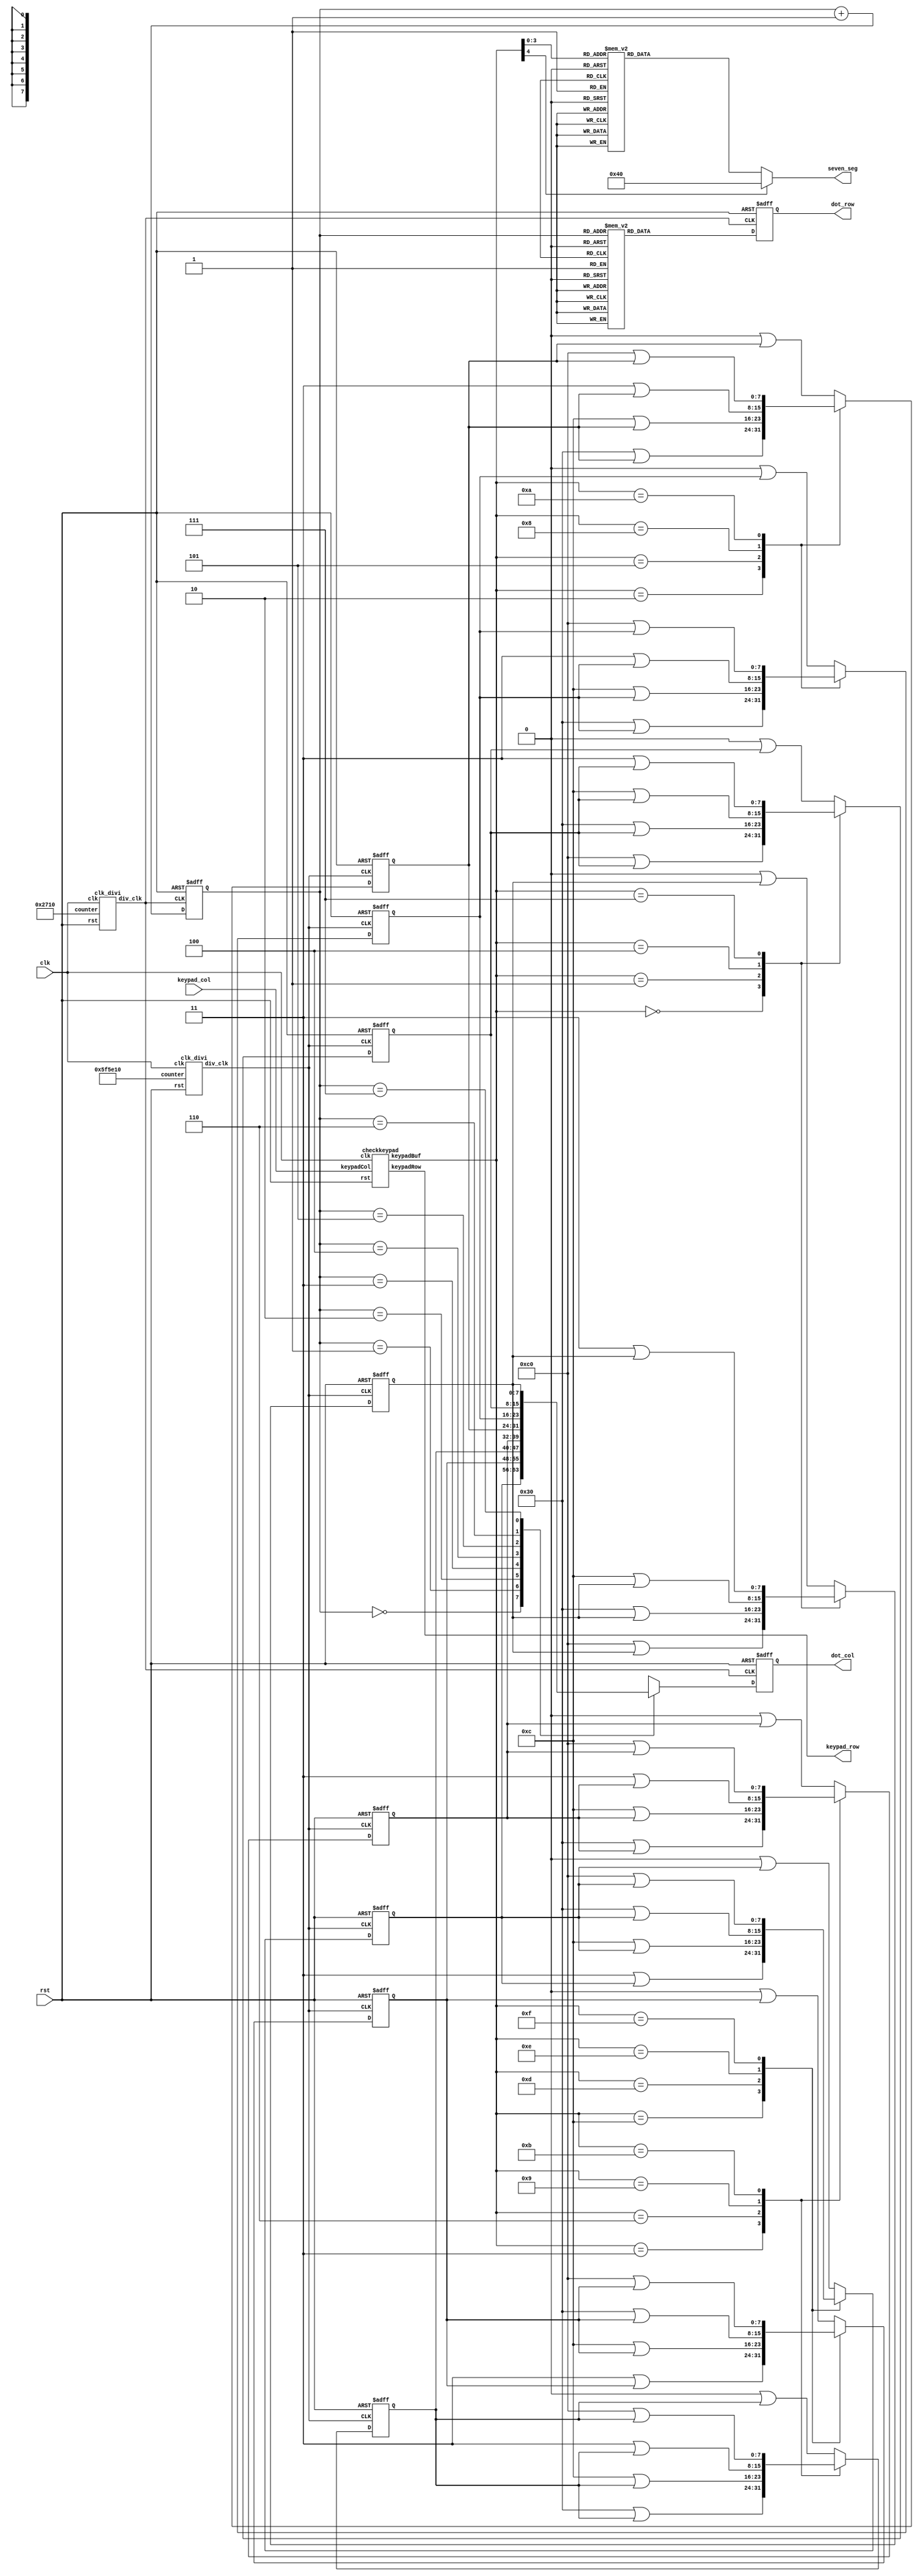
module lab11(clk,rst,keypad_row,keypad_col,dot_row,dot_col,seven_seg);
	input clk,rst;
	output [3:0] keypad_row;
	input [3:0] keypad_col;
	output reg [7:0] dot_row,dot_col;
	output reg [6:0] seven_seg;

	reg [31:0] cnt_div,cnt_dot;
	reg [7:0] dot_col_buf[0:7];
	wire [4:0] keypad_buf;
	reg [2:0] row_count;
	wire clk_div,clk_dot;
	
	
	clk_divi myclk (clk,rst,32'd6250000, clk_div); // for button
	clk_divi myclk2 (clk,rst,32'd10000, clk_dot); // for dot matrix
	
	checkkeypad keypad_detect(clk,rst,keypad_row,keypad_col,keypad_buf);
	
	always@ (posedge clk_dot or negedge rst)
	begin
		if (~rst)
		begin
			dot_row <= 8'd0;
			dot_col <= 8'd0;
			row_count <= 3'd0;
		end
		else
		begin
		    row_count <= row_count + 1;
		    dot_col <= dot_col_buf[row_count];
		    case (row_count)
				3'd0: dot_row <= 8'b01111111;
				3'd1: dot_row <= 8'b10111111;
				3'd2: dot_row <= 8'b11011111;
				3'd3: dot_row <= 8'b11101111;
				3'd4: dot_row <= 8'b11110111;
				3'd5: dot_row <= 8'b11111011;
				3'd6: dot_row <= 8'b11111101;
				3'd7: dot_row <= 8'b11111110;
			endcase
		end
	end
	
	always@(posedge clk_div or negedge rst)
	begin
		if (~rst)
		begin
			dot_col_buf[0] <= 8'd0;
			dot_col_buf[1] <= 8'd0;
			dot_col_buf[2] <= 8'd0;
			dot_col_buf[3] <= 8'd0;
			dot_col_buf[4] <= 8'd0;
			dot_col_buf[5] <= 8'd0;
			dot_col_buf[6] <= 8'd0;
			dot_col_buf[7] <= 8'd0;
		end
		else
		begin
			case (keypad_buf)
			5'h0:
			begin
				dot_col_buf[0] <= 8'b00000000 | dot_col_buf[0];
				dot_col_buf[1] <= 8'b00000000 | dot_col_buf[1];
				dot_col_buf[2] <= 8'b00000000 | dot_col_buf[2];
				dot_col_buf[3] <= 8'b00000000 | dot_col_buf[3];
				dot_col_buf[4] <= 8'b00000000 | dot_col_buf[4];
				dot_col_buf[5] <= 8'b00000000 | dot_col_buf[5];
				dot_col_buf[6] <= 8'b11000000 | dot_col_buf[6];
				dot_col_buf[7] <= 8'b11000000 | dot_col_buf[7];
			end
			5'h1:
			begin
				dot_col_buf[0] <= 8'b00000000 | dot_col_buf[0];
				dot_col_buf[1] <= 8'b00000000	| dot_col_buf[1];
				dot_col_buf[2] <= 8'b00000000	| dot_col_buf[2];
				dot_col_buf[3] <= 8'b00000000	| dot_col_buf[3];
				dot_col_buf[4] <= 8'b00000000	| dot_col_buf[4];
				dot_col_buf[5] <= 8'b00000000	| dot_col_buf[5];
				dot_col_buf[6] <= 8'b00110000	| dot_col_buf[6];
				dot_col_buf[7] <= 8'b00110000	| dot_col_buf[7];
			end
			5'h2:
			begin
				dot_col_buf[0] <= 8'b00000000 | dot_col_buf[0];
				dot_col_buf[1] <= 8'b00000000 | dot_col_buf[1];
				dot_col_buf[2] <= 8'b00000000 | dot_col_buf[2];
				dot_col_buf[3] <= 8'b00000000 | dot_col_buf[3];
				dot_col_buf[4] <= 8'b00110000 | dot_col_buf[4];
				dot_col_buf[5] <= 8'b00110000 | dot_col_buf[5];
				dot_col_buf[6] <= 8'b00000000 | dot_col_buf[6];
				dot_col_buf[7] <= 8'b00000000 | dot_col_buf[7];
			end
			5'h3:
			begin
				dot_col_buf[0] <= 8'b00000000 | dot_col_buf[0];
				dot_col_buf[1] <= 8'b00000000 | dot_col_buf[1];
				dot_col_buf[2] <= 8'b00110000 | dot_col_buf[2];
				dot_col_buf[3] <= 8'b00110000 | dot_col_buf[3];
				dot_col_buf[4] <= 8'b00000000 | dot_col_buf[4];
				dot_col_buf[5] <= 8'b00000000 | dot_col_buf[5];
				dot_col_buf[6] <= 8'b00000000 | dot_col_buf[6];
				dot_col_buf[7] <= 8'b00000000 | dot_col_buf[7];
			end
			5'h4:
			begin
				dot_col_buf[0] <= 8'b00000000 | dot_col_buf[0];
				dot_col_buf[1] <= 8'b00000000 | dot_col_buf[1];
				dot_col_buf[2] <= 8'b00000000 | dot_col_buf[2];
				dot_col_buf[3] <= 8'b00000000 | dot_col_buf[3];
				dot_col_buf[4] <= 8'b00000000 | dot_col_buf[4];
				dot_col_buf[5] <= 8'b00000000 | dot_col_buf[5];
				dot_col_buf[6] <= 8'b00001100 | dot_col_buf[6];
				dot_col_buf[7] <= 8'b00001100 | dot_col_buf[7];
			end
			5'h5:
			begin
				dot_col_buf[0] <= 8'b00000000 | dot_col_buf[0];
				dot_col_buf[1] <= 8'b00000000 | dot_col_buf[1];
				dot_col_buf[2] <= 8'b00000000 | dot_col_buf[2];
				dot_col_buf[3] <= 8'b00000000 | dot_col_buf[3];
				dot_col_buf[4] <= 8'b00001100 | dot_col_buf[4];
				dot_col_buf[5] <= 8'b00001100 | dot_col_buf[5];
				dot_col_buf[6] <= 8'b00000000 | dot_col_buf[6];
				dot_col_buf[7] <= 8'b00000000 | dot_col_buf[7];
			end
			5'h6:
			begin
				dot_col_buf[0] <= 8'b00000000 | dot_col_buf[0];
				dot_col_buf[1] <= 8'b00000000 | dot_col_buf[1];
				dot_col_buf[2] <= 8'b00001100 | dot_col_buf[2];
				dot_col_buf[3] <= 8'b00001100 | dot_col_buf[3];
				dot_col_buf[4] <= 8'b00000000 | dot_col_buf[4];
				dot_col_buf[5] <= 8'b00000000 | dot_col_buf[5];
				dot_col_buf[6] <= 8'b00000000 | dot_col_buf[6];
				dot_col_buf[7] <= 8'b00000000 | dot_col_buf[7];
			end
			5'h7:
			begin
				dot_col_buf[0] <= 8'b00000000 | dot_col_buf[0];
				dot_col_buf[1] <= 8'b00000000 | dot_col_buf[1];
				dot_col_buf[2] <= 8'b00000000 | dot_col_buf[2];
				dot_col_buf[3] <= 8'b00000000 | dot_col_buf[3];
				dot_col_buf[4] <= 8'b00000000 | dot_col_buf[4];
				dot_col_buf[5] <= 8'b00000000 | dot_col_buf[5];
				dot_col_buf[6] <= 8'b00000011 | dot_col_buf[6];
				dot_col_buf[7] <= 8'b00000011 | dot_col_buf[7];
			end
			5'h8:
			begin
				dot_col_buf[0] <= 8'b00000000 | dot_col_buf[0];
				dot_col_buf[1] <= 8'b00000000 | dot_col_buf[1];
				dot_col_buf[2] <= 8'b00000000 | dot_col_buf[2];
				dot_col_buf[3] <= 8'b00000000 | dot_col_buf[3];
				dot_col_buf[4] <= 8'b00000011 | dot_col_buf[4];
				dot_col_buf[5] <= 8'b00000011 | dot_col_buf[5];
				dot_col_buf[6] <= 8'b00000000 | dot_col_buf[6];
				dot_col_buf[7] <= 8'b00000000 | dot_col_buf[7];
			end
			5'h9:
			begin
				dot_col_buf[0] <= 8'b00000000 | dot_col_buf[0];
				dot_col_buf[1] <= 8'b00000000 | dot_col_buf[1];
				dot_col_buf[2] <= 8'b00000011 | dot_col_buf[2];
				dot_col_buf[3] <= 8'b00000011 | dot_col_buf[3];
				dot_col_buf[4] <= 8'b00000000 | dot_col_buf[4];
				dot_col_buf[5] <= 8'b00000000 | dot_col_buf[5];
				dot_col_buf[6] <= 8'b00000000 | dot_col_buf[6];
				dot_col_buf[7] <= 8'b00000000 | dot_col_buf[7];
			end
			5'ha:
			begin
				dot_col_buf[0] <= 8'b00000000| dot_col_buf[0];
				dot_col_buf[1] <= 8'b00000000| dot_col_buf[1];
				dot_col_buf[2] <= 8'b00000000| dot_col_buf[2];
				dot_col_buf[3] <= 8'b00000000| dot_col_buf[3];
				dot_col_buf[4] <= 8'b11000000| dot_col_buf[4];
				dot_col_buf[5] <= 8'b11000000| dot_col_buf[5];
				dot_col_buf[6] <= 8'b00000000| dot_col_buf[6];
				dot_col_buf[7] <= 8'b00000000| dot_col_buf[7];
			end
			5'hb:
			begin
				dot_col_buf[0] <= 8'b00000000| dot_col_buf[0];
				dot_col_buf[1] <= 8'b00000000| dot_col_buf[1];
				dot_col_buf[2] <= 8'b11000000| dot_col_buf[2];
				dot_col_buf[3] <= 8'b11000000| dot_col_buf[3];
				dot_col_buf[4] <= 8'b00000000| dot_col_buf[4];
				dot_col_buf[5] <= 8'b00000000| dot_col_buf[5];
				dot_col_buf[6] <= 8'b00000000| dot_col_buf[6];
				dot_col_buf[7] <= 8'b00000000| dot_col_buf[7];
			end
			5'hc:
			begin
				dot_col_buf[0] <= 8'b00000011| dot_col_buf[0];
				dot_col_buf[1] <= 8'b00000011| dot_col_buf[1];
				dot_col_buf[2] <= 8'b00000000| dot_col_buf[2];
				dot_col_buf[3] <= 8'b00000000| dot_col_buf[3];
				dot_col_buf[4] <= 8'b00000000| dot_col_buf[4];
				dot_col_buf[5] <= 8'b00000000| dot_col_buf[5];
				dot_col_buf[6] <= 8'b00000000| dot_col_buf[6];
				dot_col_buf[7] <= 8'b00000000| dot_col_buf[7];
			end
			5'hd:
			begin
				dot_col_buf[0] <= 8'b00001100| dot_col_buf[0];
				dot_col_buf[1] <= 8'b00001100| dot_col_buf[1];
				dot_col_buf[2] <= 8'b00000000| dot_col_buf[2];
				dot_col_buf[3] <= 8'b00000000| dot_col_buf[3];
				dot_col_buf[4] <= 8'b00000000| dot_col_buf[4];
				dot_col_buf[5] <= 8'b00000000| dot_col_buf[5];
				dot_col_buf[6] <= 8'b00000000| dot_col_buf[6];
				dot_col_buf[7] <= 8'b00000000| dot_col_buf[7];
			end
			5'he:
			begin
				dot_col_buf[0] <= 8'b00110000| dot_col_buf[0];
				dot_col_buf[1] <= 8'b00110000| dot_col_buf[1];
				dot_col_buf[2] <= 8'b00000000| dot_col_buf[2];
				dot_col_buf[3] <= 8'b00000000| dot_col_buf[3];
				dot_col_buf[4] <= 8'b00000000| dot_col_buf[4];
				dot_col_buf[5] <= 8'b00000000| dot_col_buf[5];
				dot_col_buf[6] <= 8'b00000000| dot_col_buf[6];
				dot_col_buf[7] <= 8'b00000000| dot_col_buf[7];
			end
			5'hf:
			begin
				dot_col_buf[0] <= 8'b11000000 | dot_col_buf[0];
				dot_col_buf[1] <= 8'b11000000 | dot_col_buf[1];
				dot_col_buf[2] <= 8'b00000000 | dot_col_buf[2];
				dot_col_buf[3] <= 8'b00000000 | dot_col_buf[3];
				dot_col_buf[4] <= 8'b00000000 | dot_col_buf[4];
				dot_col_buf[5] <= 8'b00000000 | dot_col_buf[5];
				dot_col_buf[6] <= 8'b00000000 | dot_col_buf[6];
				dot_col_buf[7] <= 8'b00000000 | dot_col_buf[7];
			end
			default
			begin
				dot_col_buf[0] <= 8'b00000000 | dot_col_buf[0];
				dot_col_buf[1] <= 8'b00000000 | dot_col_buf[1];
				dot_col_buf[2] <= 8'b00000000 | dot_col_buf[2];
				dot_col_buf[3] <= 8'b00000000 | dot_col_buf[3];
				dot_col_buf[4] <= 8'b00000000 | dot_col_buf[4];
				dot_col_buf[5] <= 8'b00000000 | dot_col_buf[5];
				dot_col_buf[6] <= 8'b00000000 | dot_col_buf[6];
				dot_col_buf[7] <= 8'b00000000 | dot_col_buf[7];
			end
			endcase
		end
	end
	
	always@(*)
	begin
		case(keypad_buf)
		5'h0:seven_seg = 7'b1000000;
		5'h1:seven_seg = 7'b1111001;
		5'h2:seven_seg = 7'b0100100;
		5'h3:seven_seg = 7'b0110000;
		5'h4:seven_seg = 7'b0011001;
		5'h5:seven_seg = 7'b0010010;
		5'h6:seven_seg = 7'b0000010;
		5'h7:seven_seg = 7'b1111000;
		5'h8:seven_seg = 7'b0000000;
		5'h9:seven_seg = 7'b0010000;
		5'ha:seven_seg = 7'b0100000;
		5'hb:seven_seg = 7'b0000011;
		5'hc:seven_seg = 7'b1000110;
		5'hd:seven_seg = 7'b0100001;
		5'he:seven_seg = 7'b0000100;
		5'hf:seven_seg = 7'b0001110;
		default: seven_seg = 7'b1000000;
		endcase
	end
endmodule

module checkkeypad (clk,rst,keypadRow,keypadCol,keypadBuf);  // output keypad buffer
	input clk,rst;
	input [3:0]keypadCol;
	output reg[3:0]keypadRow;
	output reg [4:0]keypadBuf;
	reg [31:0]keypadDelay;
	
	always @(posedge clk or negedge rst)
	begin 
		if (!rst)
		begin
			keypadRow <= 4'b1110;
			keypadBuf <= 5'b11111;
			keypadDelay <= 31'd0;
		end
		else
		begin
			if (keypadDelay == 32'd250000) 
			begin 
				keypadDelay <= 31'd0;
				case ({keypadRow, keypadCol})
					8'b1110_1110: keypadBuf <= 5'h7;
					8'b1110_1101: keypadBuf <= 5'h4;
					8'b1110_1011: keypadBuf <= 5'h1;
					8'b1110_0111: keypadBuf <= 5'h0;
					8'b1101_1110: keypadBuf <= 5'h8;
					8'b1101_1101: keypadBuf <= 5'h5;
					8'b1101_1011: keypadBuf <= 5'h2;
					8'b1101_0111: keypadBuf <= 5'ha;
					8'b1011_1110: keypadBuf <= 5'h9;
					8'b1011_1101: keypadBuf <= 5'h6;
					8'b1011_1011: keypadBuf <= 5'h3;
					8'b1011_0111: keypadBuf <= 5'hb;
					8'b0111_1110: keypadBuf <= 5'hc;
					8'b0111_1101: keypadBuf <= 5'hd;
					8'b0111_1011: keypadBuf <= 5'he;
					8'b0111_0111: keypadBuf <= 5'hf;
					default: keypadBuf <= keypadBuf;
				endcase
				case (keypadRow)
					4'b1110: keypadRow <= 4'b1101;
					4'b1101: keypadRow <= 4'b1011;
					4'b1011: keypadRow <= 4'b0111;
					4'b0111: keypadRow <= 4'b1110;
					default: keypadRow <= 4'b1110;
				endcase
			end
			else
				keypadDelay <= keypadDelay + 1'b1;
		end
	end
endmodule

module clk_divi (clk,rst,counter,div_clk);
	input clk,rst;
	input [31:0]counter;
	output div_clk;
	reg div_clk;
	reg [31:0]count;
	always @ (posedge clk)
	begin 
		if (!rst)
		begin 
		count <= 32'd0;
		div_clk <=1'b0;
		end
		else
		begin 
			if (count == counter)
			begin 
			count<=32'd0;
			div_clk <=~div_clk;
			end
			else
			begin 
				count <= count + 32'd1;
			end
		end
   end
endmodule